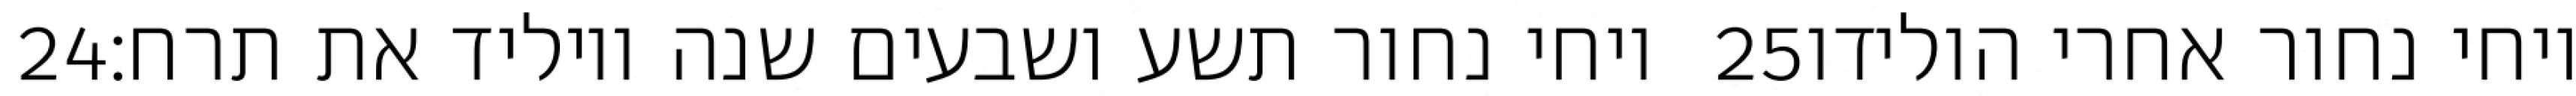
‎24‏ ויחי נחור תשע ושבעים שנה ויוליד את תרח׃ ‎25‏ ויחי נחור אחרי הולידו